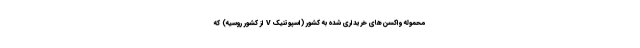
محموله واکسن‌های خریداری شده به کشور (اسپوتنیک V از کشور روسیه) که